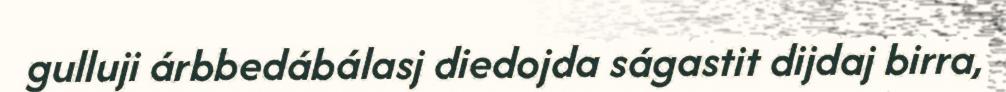
gulluji árbbedábálasj diedojda ságastit dijdaj birra,